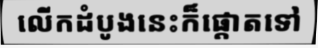
លើកដំបូងនេះក៏ផ្តោតទៅ